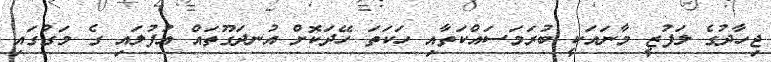
ޖިހާދުގެ ލަފުޒީ މާނައަކީ ބުރަމަސައްކަތާއި ހަކަތަ ހޭދަކޮށް އުނދަގޫތައް އުފުލައި ގެ މަގުގައި